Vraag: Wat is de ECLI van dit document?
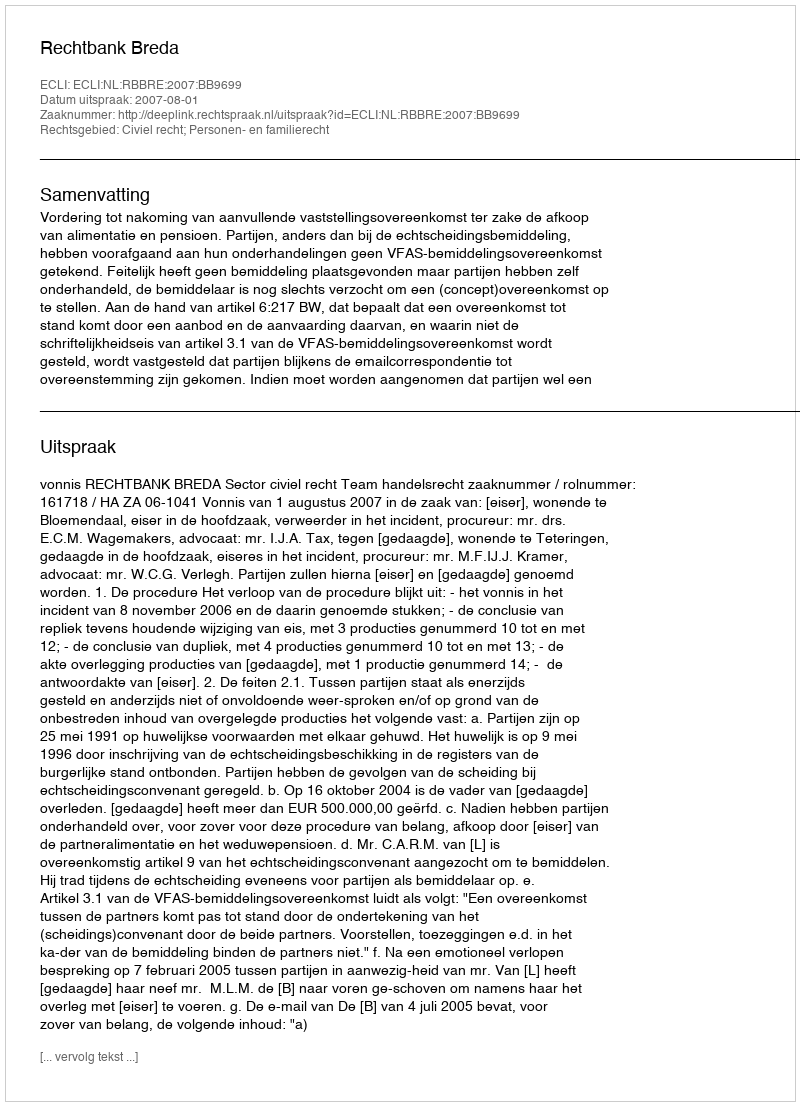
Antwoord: ECLI:NL:RBBRE:2007:BB9699